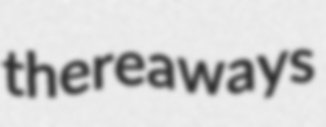
thereaways